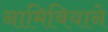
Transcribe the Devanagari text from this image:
नामिबियाने